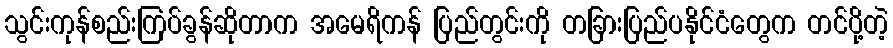
သွင်းကုန်စည်းကြပ်ခွန်ဆိုတာက အမေရိကန် ပြည်တွင်းကို တခြားပြည်ပနိုင်ငံတွေက တင်ပို့တဲ့